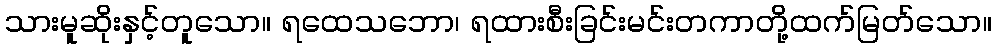
သားမူဆိုးနှင့်တူသော။ ရထေသဘော၊ ရထားစီးခြင်းမင်းတကာတို့ထက်မြတ်သော။